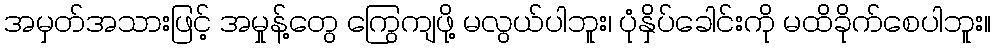
အမှတ်အသားဖြင့် အမှုန့်တွေ ကြွေကျဖို့ မလွယ်ပါဘူး၊ ပုံနှိပ်ခေါင်းကို မထိခိုက်စေပါဘူး။